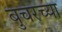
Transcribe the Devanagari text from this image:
बुचरच्या